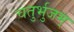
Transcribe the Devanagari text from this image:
चतुर्भुजम्